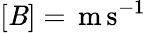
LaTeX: [\mathit{B}]=\, \mathrm{{m}}\, \mathrm{{s}}^{-1}